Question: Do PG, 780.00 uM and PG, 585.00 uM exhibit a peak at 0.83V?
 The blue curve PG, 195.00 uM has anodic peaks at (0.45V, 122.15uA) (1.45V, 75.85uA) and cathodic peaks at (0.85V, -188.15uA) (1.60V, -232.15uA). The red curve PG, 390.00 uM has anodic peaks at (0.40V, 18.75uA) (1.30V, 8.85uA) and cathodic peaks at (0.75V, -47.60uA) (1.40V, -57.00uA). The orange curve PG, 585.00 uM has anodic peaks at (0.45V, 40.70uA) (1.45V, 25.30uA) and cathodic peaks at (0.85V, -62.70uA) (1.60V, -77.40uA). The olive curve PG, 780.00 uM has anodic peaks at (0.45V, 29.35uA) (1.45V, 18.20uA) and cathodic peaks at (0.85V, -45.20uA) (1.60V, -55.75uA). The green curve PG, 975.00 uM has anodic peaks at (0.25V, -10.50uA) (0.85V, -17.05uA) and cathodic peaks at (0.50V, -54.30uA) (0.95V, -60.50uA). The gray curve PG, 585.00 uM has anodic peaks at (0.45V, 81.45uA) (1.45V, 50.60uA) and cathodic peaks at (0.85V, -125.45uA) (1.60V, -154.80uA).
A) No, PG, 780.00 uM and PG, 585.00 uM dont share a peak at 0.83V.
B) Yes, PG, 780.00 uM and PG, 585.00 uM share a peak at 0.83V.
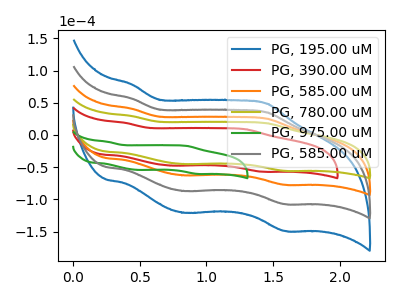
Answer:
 <answer>B) Yes, "PG, 780.00 uM" and "PG, 585.00 uM" share a peak at 0.83V.</answer>
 <eval>B</eval>